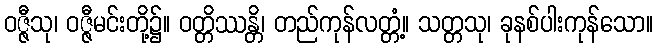
ဝဇ္ဇီသု၊ ဝဇ္ဇီမင်းတို့၌။ ဝတ္တိဿန္တိ၊ တည်ကုန်လတ္တံ့။ သတ္တသု၊ ခုနစ်ပါးကုန်သော။